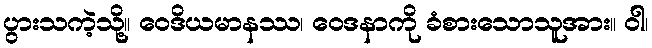
ပွားသကဲ့သို့။ ဝေဒိယမာနဿ၊ ဝေဒနာကို ခံစားသောသူအား။ ဝါ၊